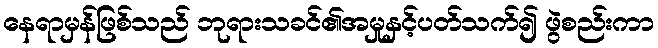
နေရာမှန်ဖြစ်သည် ဘုရားသခင်၏အမှုနှင့်ပတ်သက်၍ ဖွဲစည်းကာ